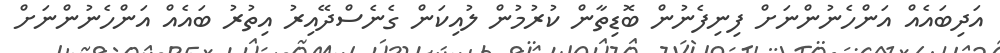
އަދިބައެއް އަންހެނުންނަށް ފިނިފެނުން ބޮޑިތާން ކުރުމުން ލުއިކަން ގެނެސްދޭއިރު އިތުރު ބައެއް އަންހެނުންނަށް